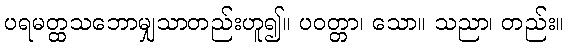
ပရမတ္ထသဘောမျှသာတည်းဟူ၍။ ပဝတ္တာ၊ သော။ သညာ၊ တည်း။